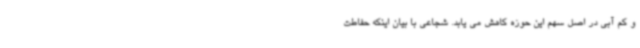
و کم آبی در اصل سهم این حوزه کاهش می یابد. شجاعی با بیان اینکه حفاطت